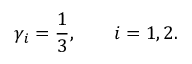
\gamma _ { i } = \frac { 1 } { 3 } , \qquad i = 1 , 2 .